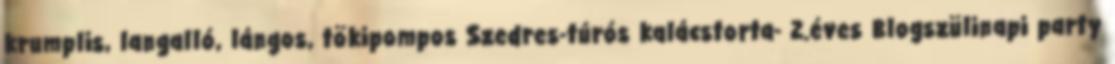
krumplis, langalló, lángos, tökipompos Szedres-túrós kalácstorta- 2.éves Blogszülinapi party